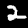
Label: 2